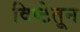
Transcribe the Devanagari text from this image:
विष्टेतून